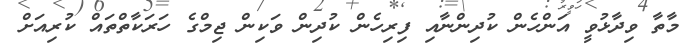
މާތާ ވިދާޅުވީ އަންހެން ކުދިންނާއި ފިރިހެން ކުދިން ވަކިން ޖިމްގެ ހަރަކާތްތައް ކުރިއަށް